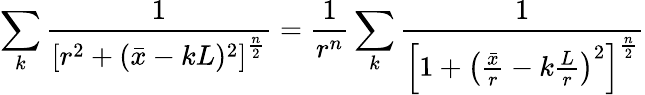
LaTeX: \sum_{k}{\frac{1}{\left[r^{2}+(\bar{x}-kL)^{2}\right]^{\frac{n}{2}}}}={\frac{1}{r^{n}}}\sum_{k}{\frac{1}{\left[1+\left({\frac{\bar{x}}{r}}-k{\frac{L}{r}}\right)^{2}\right]^{\frac{n}{2}}}}